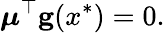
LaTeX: {\boldsymbol{\mu}}^{\top}\mathbf{g}(x^{*})=0.